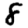
Digit: 8